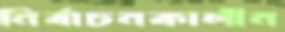
নির্বাচনকালীন